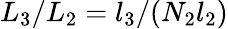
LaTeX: L_{3}/L_{2}=l_{3}/(N_{2}l_{2})